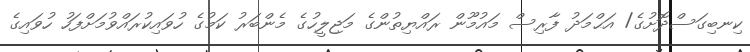
ކިނބިގަސްދޮށުގެ/ އަޙްމަދު ފާރިސް މައުމޫން ރައްޔިތުންގެ މަޖިލީހުގެ މެންބަރު ކަމުގެ ހުވައިކުރައްވުމަށްފަހު ހުވައިގެ